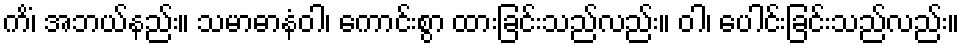
ကိံ၊ အဘယ်နည်း။ သမာဓာနံဝါ၊ ကောင်းစွာ ထားခြင်းသည်လည်း။ ဝါ၊ ပေါင်းခြင်းသည်လည်း။